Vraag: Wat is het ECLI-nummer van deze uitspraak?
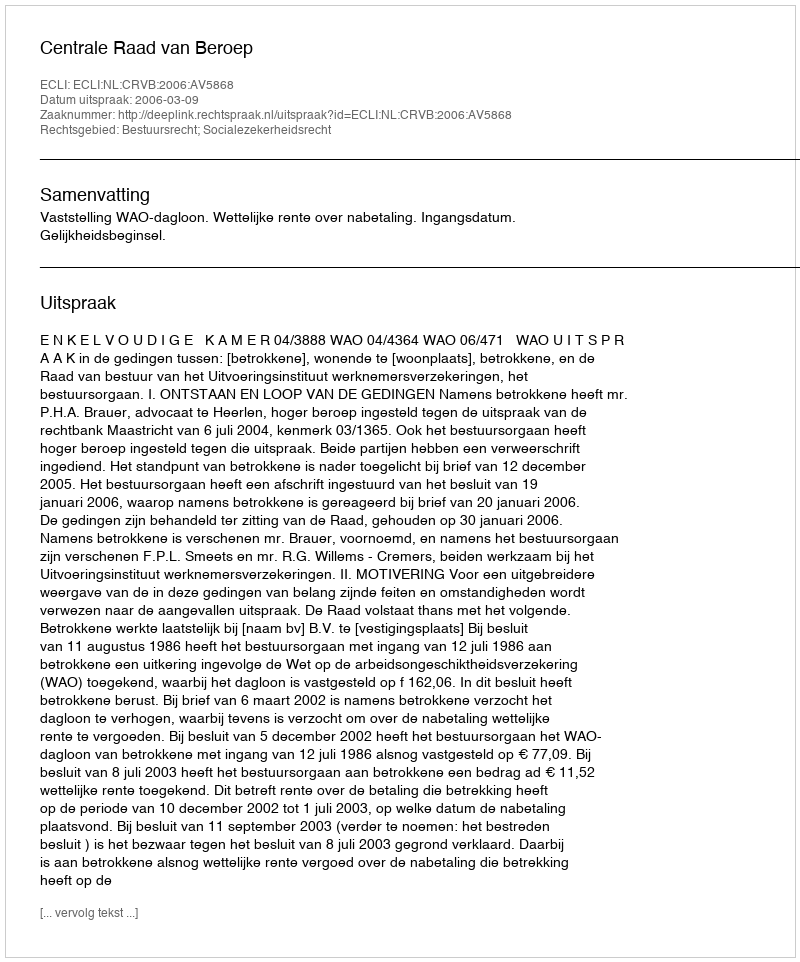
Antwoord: ECLI:NL:CRVB:2006:AV5868